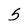
Character: 5